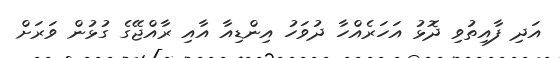
އަދި ފާއިތުވި ދޮޅު އަހަރެއްހާ ދުވަހު އިންޑިއާ އާއި ރާއްޖޭގެ ގުޅުން ވަރަށް